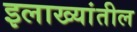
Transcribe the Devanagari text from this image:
इलाख्यांतील